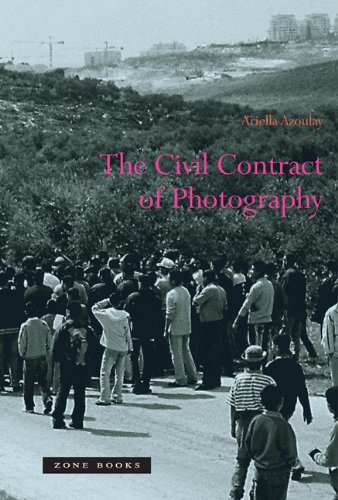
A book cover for The Civil Contract of Photography; Ariella Azoulay; Arts & Photography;